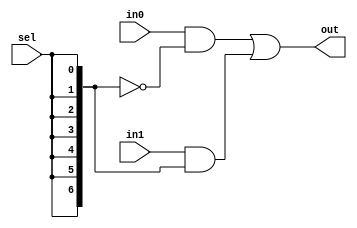
`timescale 1ns / 1ps

module Multiplexer2To1_8bit(
    input [6:0] in0, // Input 0 (7-bit)
    input [6:0] in1, // Input 1 (7-bit)
    input sel,       // Selection bit
    output [6:0] out // Output (7-bit)
);
    assign out = (in0 & ~{7{sel}}) | (in1 & {7{sel}});
endmodule